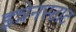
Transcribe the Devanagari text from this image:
इन्नेनस्टाट